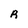
Character: R